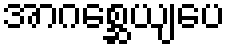
အာဂစ္ဆေယျပေ